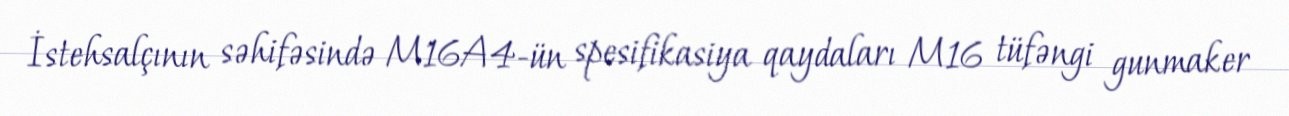
İstehsalçının səhifəsində M16A4-ün spesifikasiya qaydaları M16 tüfəngi gunmaker